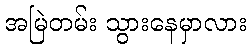
အမြဲတမ်း သွားနေမှာလား